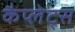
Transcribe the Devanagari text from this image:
कैप्लेट्स